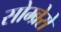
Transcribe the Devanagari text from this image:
सोम्ब्रेरो